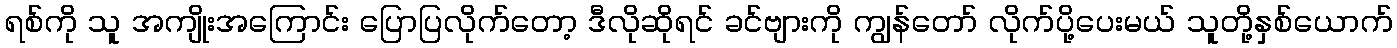
ရစ်ကို သူ အကျိုးအကြောင်း ပြောပြလိုက်တော့ ဒီလိုဆိုရင် ခင်ဗျားကို ကျွန်တော် လိုက်ပို့ပေးမယ် သူတို့နှစ်ယောက်